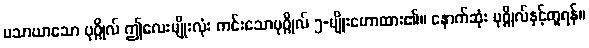
မသာယာသော ပုဂ္ဂိုလ် ဤလေးမျိုးလုံး ကင်းသောပုဂ္ဂိုလ် ၅-မျိုးဟောထား၏။ နောက်ဆုံး ပုဂ္ဂိုလ်နှင့်တူရန်။